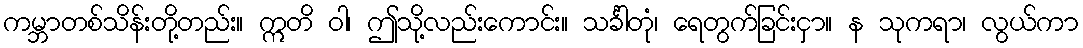
ကမ္ဘာတစ်သိန်းတို့တည်း။ ဣတိ ဝါ၊ ဤသို့လည်းကောင်း။ သင်္ခါတုံ၊ ရေတွက်ခြင်းငှာ။ န သုကရာ၊ လွယ်ကာ